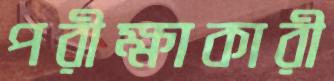
পরীক্ষাকারী